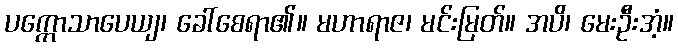
ပက္ကောသာပေယျ၊ ခေါ်စေရာ၏။ မဟာရာဇ၊ မင်းမြတ်။ အပိ၊ မေးဦးအံ့။